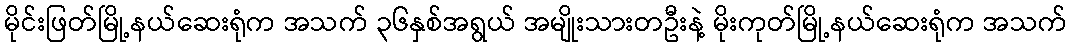
မိုင်းဖြတ်မြို့နယ်ဆေးရုံက အသက် ၃၆နှစ်အရွယ် အမျိုးသားတဦးနဲ့ မိုးကုတ်မြို့နယ်ဆေးရုံက အသက်